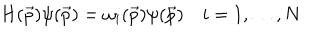
H ( \vec { p } ) \psi ( \vec { p } ) = \omega _ { i } ( \vec { p } ) \psi ( \vec { p } ) \quad i = 1 , \ldots , N